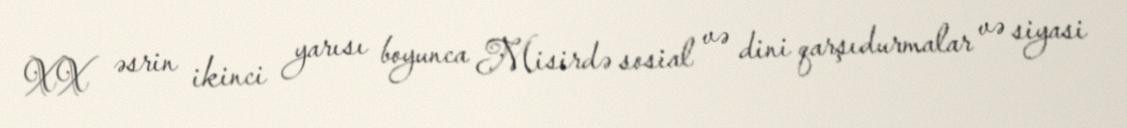
XX əsrin ikinci yarısı boyunca Misirdə sosial və dini qarşıdurmalar və siyasi